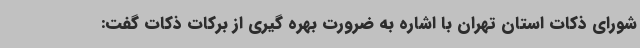
شورای ذکات استان تهران با اشاره به ضرورت بهره گیری از برکات ذکات گفت: